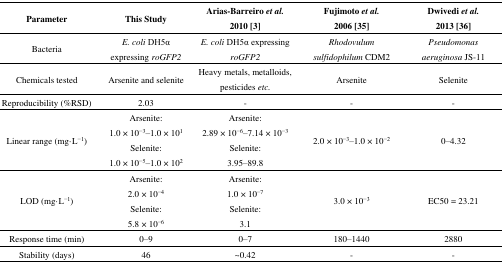
| Parameter | This Study | Arias-Barreiro et al. 2010 [3] | Fujimoto et al. 2006 [35] | Dwivedi et al. 2013 [36] |
 | --- | --- | --- | --- | --- |
 | Bacteria | E. coli DH5α expressing roGFP2 | E. coli DH5α expressing roGFP2 | Rhodovulum sulfidophilum CDM2 | Pseudomonas aeruginosa JS-11 |
 | Chemicals tested | Arsenite and selenite | Heavy metals, metalloids, pesticides etc. | Arsenite | Selenite |
 | Reproducibility (%RSD) | 2.03 | - | - | - |
 | <ROWSPAN=2> Linear range (mg·L−1) | Arsenite:1.0 × 10−3–1.0 × 101 | Arsenite:2.89 × 10−6–7.14 × 10−3 | <ROWSPAN=2> 2.0 × 10−3–1.0 × 10−2 | <ROWSPAN=2> 0–4.32 |
 | Selenite:1.0 × 10−5–1.0 × 102 | Selenite:3.95–89.8 |
 | <ROWSPAN=2> LOD (mg·L−1) | Arsenite:2.0 × 10−4 | Arsenite:1.0 × 10−7 | <ROWSPAN=2> 3.0 × 10−3 | <ROWSPAN=2> EC50 = 23.21 |
 | Selenite:5.8 × 10−6 | Selenite:3.1 |
 | Response time (min) | 0–9 | 0–7 | 180–1440 | 2880 |
 | Stability (days) | 46 | ∼0.42 | - | - |